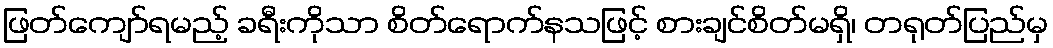
ဖြတ်ကျော်ရမည့် ခရီးကိုသာ စိတ်ရောက်နသဖြင့် စားချင်စိတ်မရှိ၊ တရုတ်ပြည်မှ